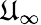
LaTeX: \mathfrak{U}_{\infty}